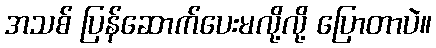
အသစ် ပြန်ဆောက်ပေးမလို့လို့ ပြောတာပဲ။